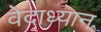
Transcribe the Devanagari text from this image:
वेदाध्यान